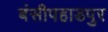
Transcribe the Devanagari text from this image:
बंसीपहाडपुर